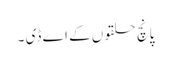
پانچ حلقوں کے اے ڈی ۔